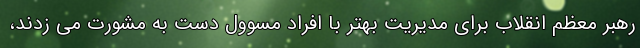
رهبر معظم انقلاب برای مدیریت بهتر با افراد مسوول دست به مشورت می زدند،